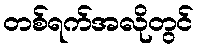
တစ်ရက်အလိုတွင်